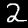
Label: 2